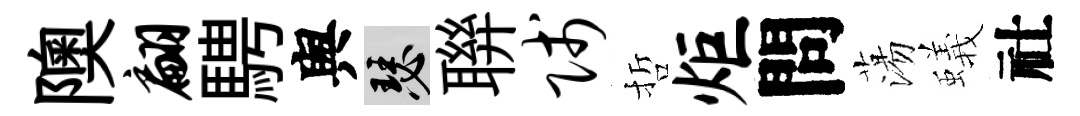
隩翩騁舆瑟聨贱哲炬問蕩蟻社